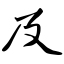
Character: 及